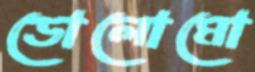
ডোলোমো